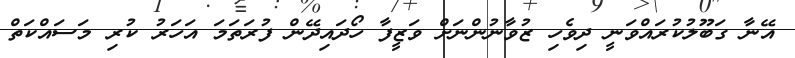
އޭނާ ގަބޫލުކުރައްވަނީ ދިވެހި ޒުވާނުންނަށް ވަޒީފާ ހޯދައިދޭން ފުރަތަމަ އަހަރު ކުރި މަސައްކަތް